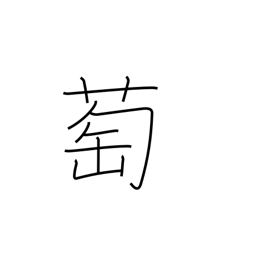
Meaning: wild grape